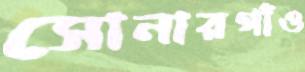
সোনারগাঁও